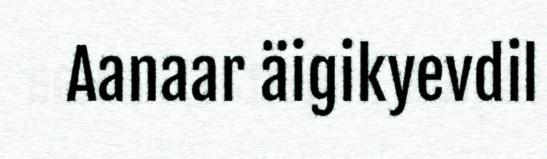
Aanaar äigikyevdil